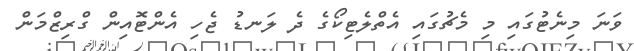
ވަނަ މިނެޓުގައި މި މެޗުގައި އެތްލެޓިކޯގެ ދެ ލަނޑު ޖެހި އެންޓޮއިން ގްރިޒްމަން